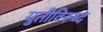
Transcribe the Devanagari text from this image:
युतीविरूध्द